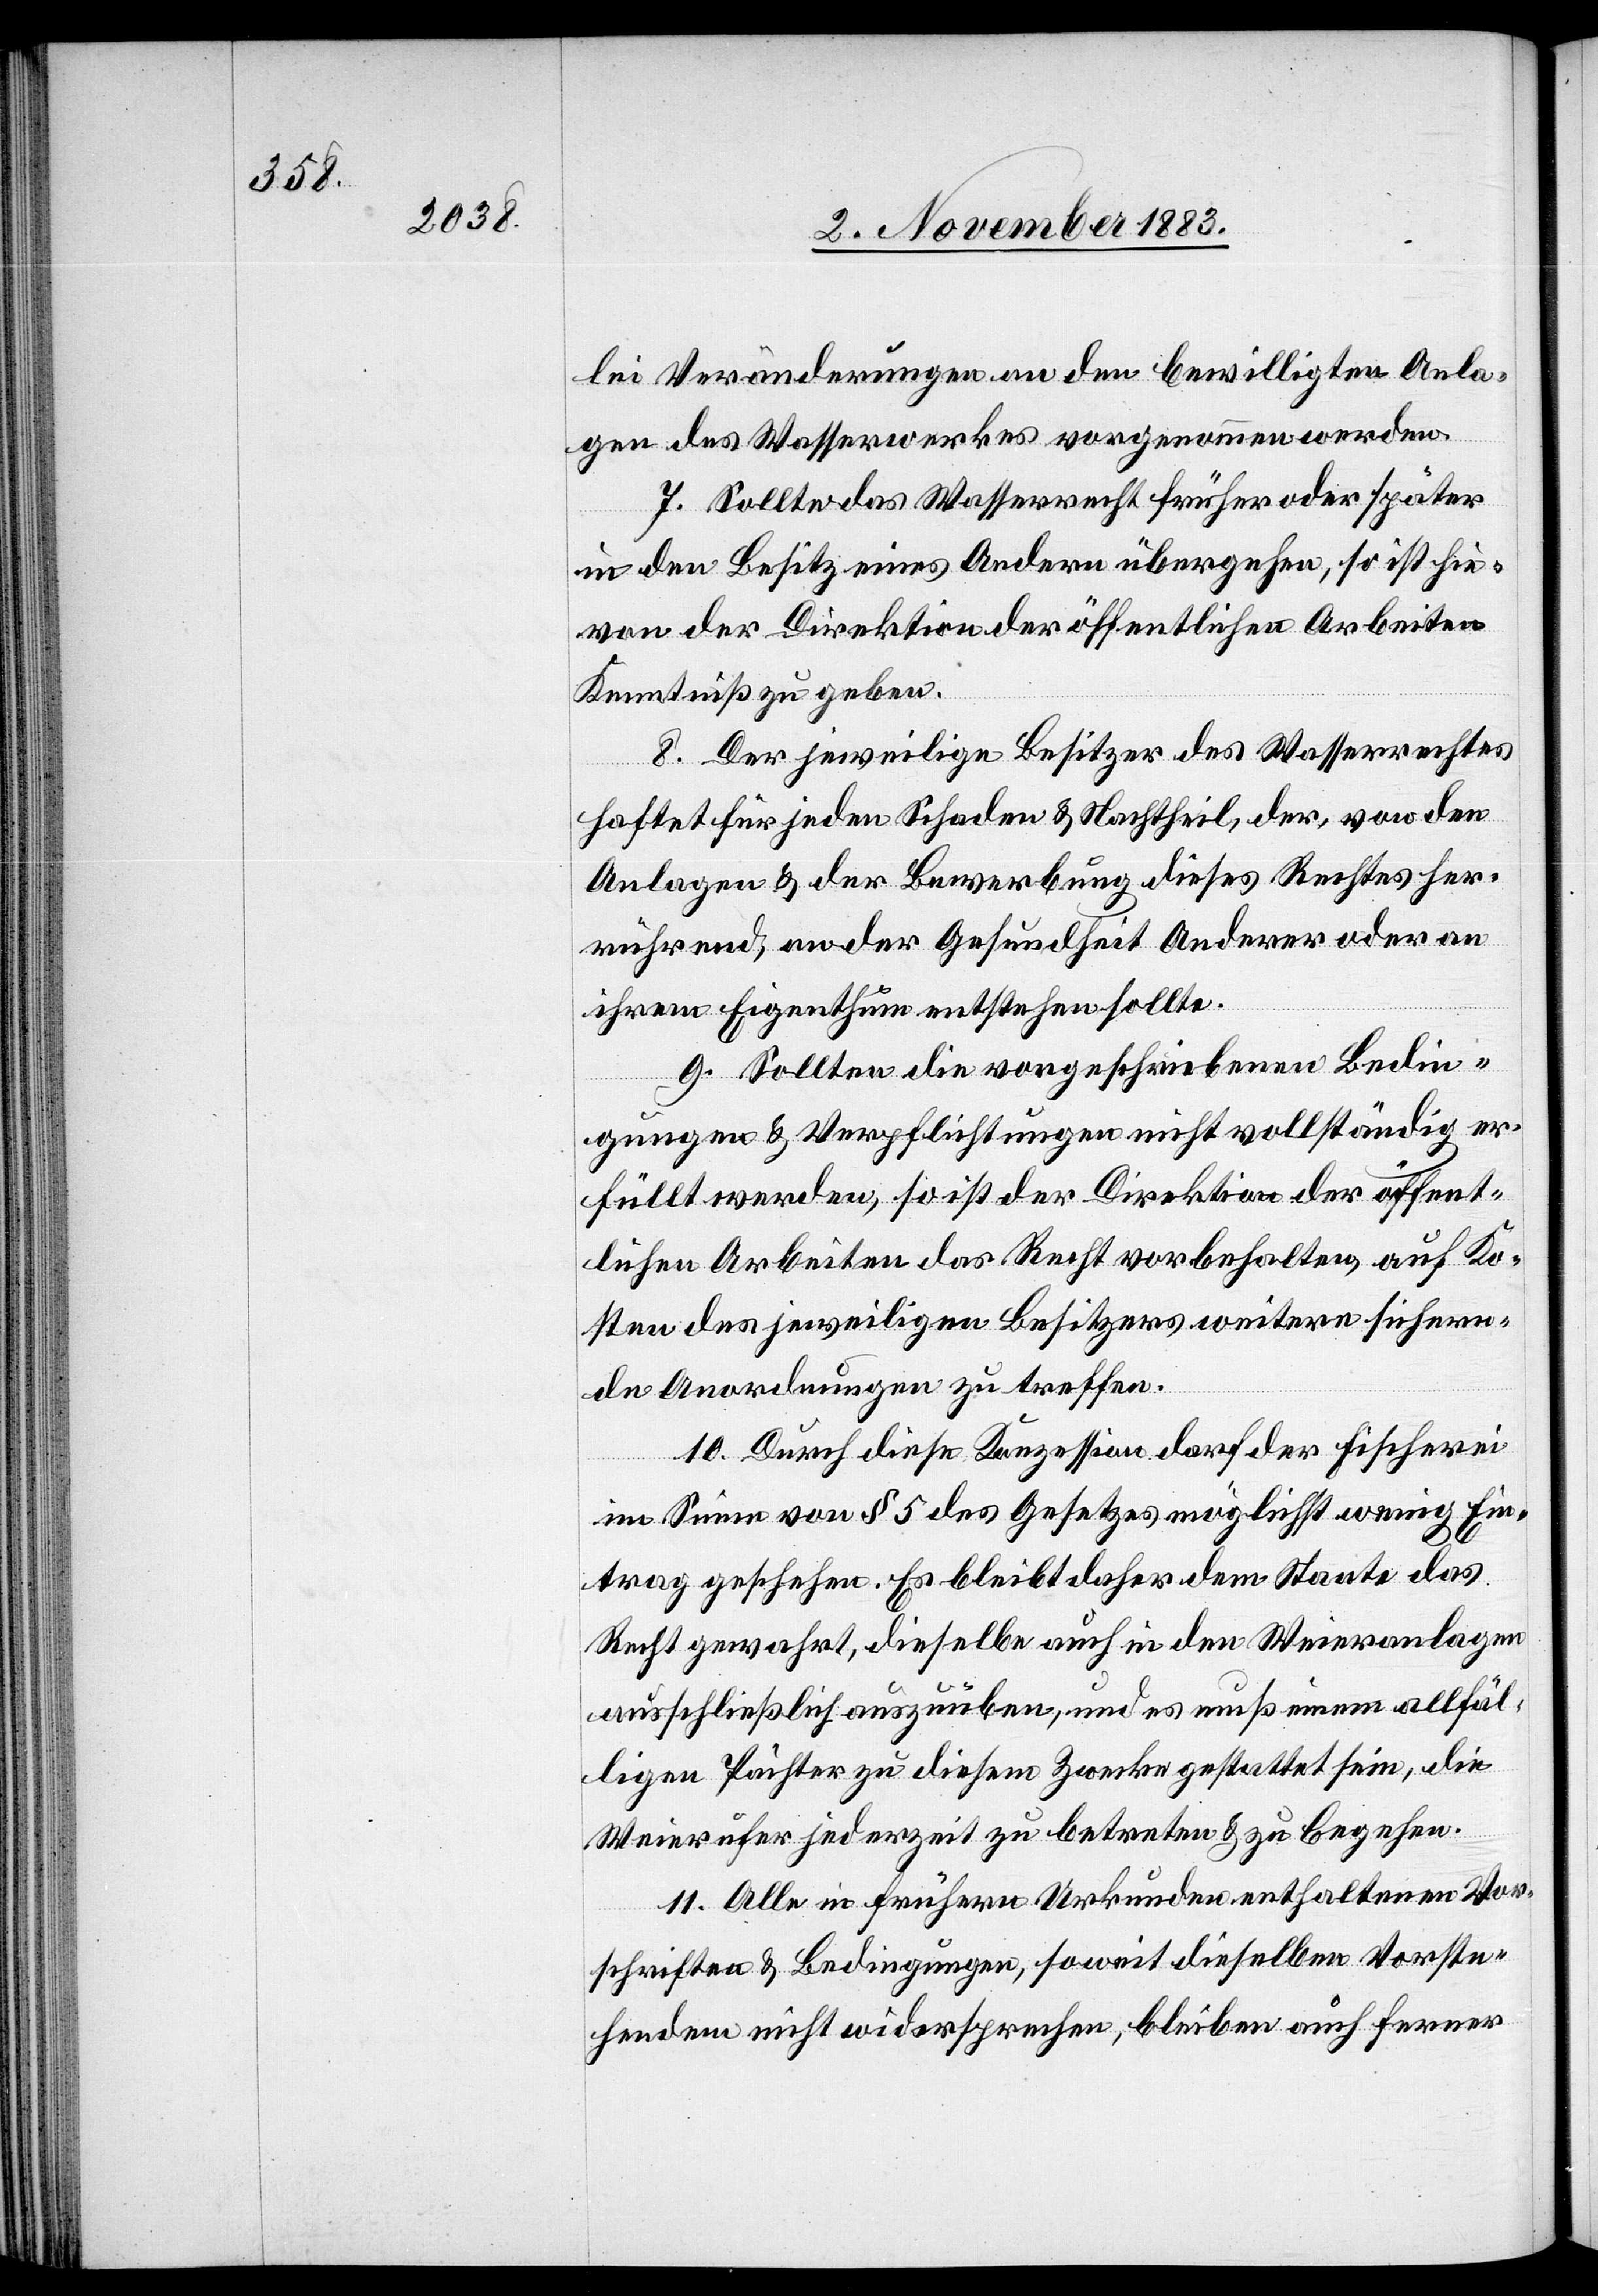
lei Veränderungen an den bewilligten Anla¬
gen des Wasserwerkes vorgenommen werden.
7. Sollte das Wasserrecht früher oder später
in den Besitz eines Andern übergehen, so ist hie¬
von der Direktion der öffentlichen Arbeiten
Kenntniß zu geben.
8. Der jeweilige Besitzer des Wasserrechtes
haftet für jeden Schaden & Nachtheil, der, von den
Anlagen & der Bewerbung dieses Rechtes her¬
rührend, an der Gesundheit Anderer oder an
ihrem Eigenthum entstehen sollte.
9. Sollten die vorgeschriebenen Bedin¬
gungen & Verpflichtungen nicht vollständig er¬
füllt werden, so ist der Direktion der öffent¬
lichen Arbeiten das Recht vorbehalten, auf Ko¬
sten des jeweiligen Besitzers weitere sichern¬
de Anordnungen zu treffen.
10. Durch diese Konzession darf der Fischerei
im Sinne von § 5 des Gesetzes möglichst wenig Ein¬
trag geschehen. Es bleibt daher dem Staate das
Recht gewahrt, dieselbe auch in den Weieranlagen
ausschließlich auszuüben, und es muß einem allfäl¬
ligen Pächter zu diesem Zwecke gestattet sein, die
Weierufer jederzeit zu betreten & zu begehen.
11. Alle in frühern Urkunden enthaltenen Vor¬
schriften & Bedingungen, soweit dieselben Vorste¬
hendem nicht widersprechen, bleiben auch ferner